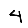
Digit: 4